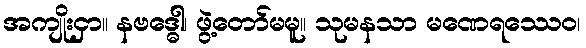
အကျိုးငှာ။ နဗဒ္ဓေါ၊ ဖွဲ့တော်မမူ။ သုမနသာ မဏေရဿေဝ၊